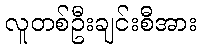
လူတစ်ဦးချင်းစီအား